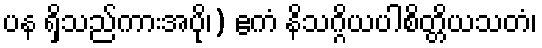
ပန ရှိသည်ကားအပို၊) ဧကံ နိသဂ္ဂိယပါစိတ္တိယသတံ၊